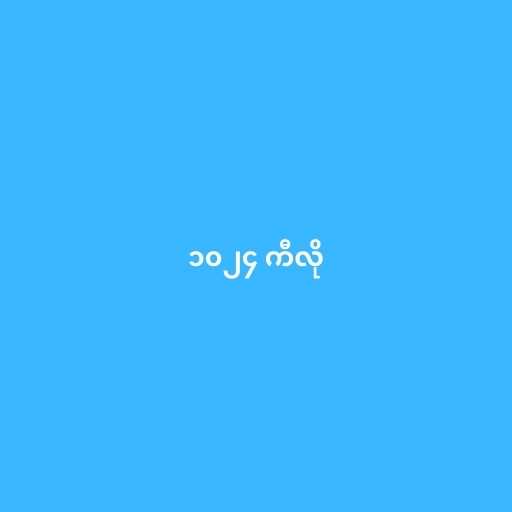
၁၀၂၄ ကီလို